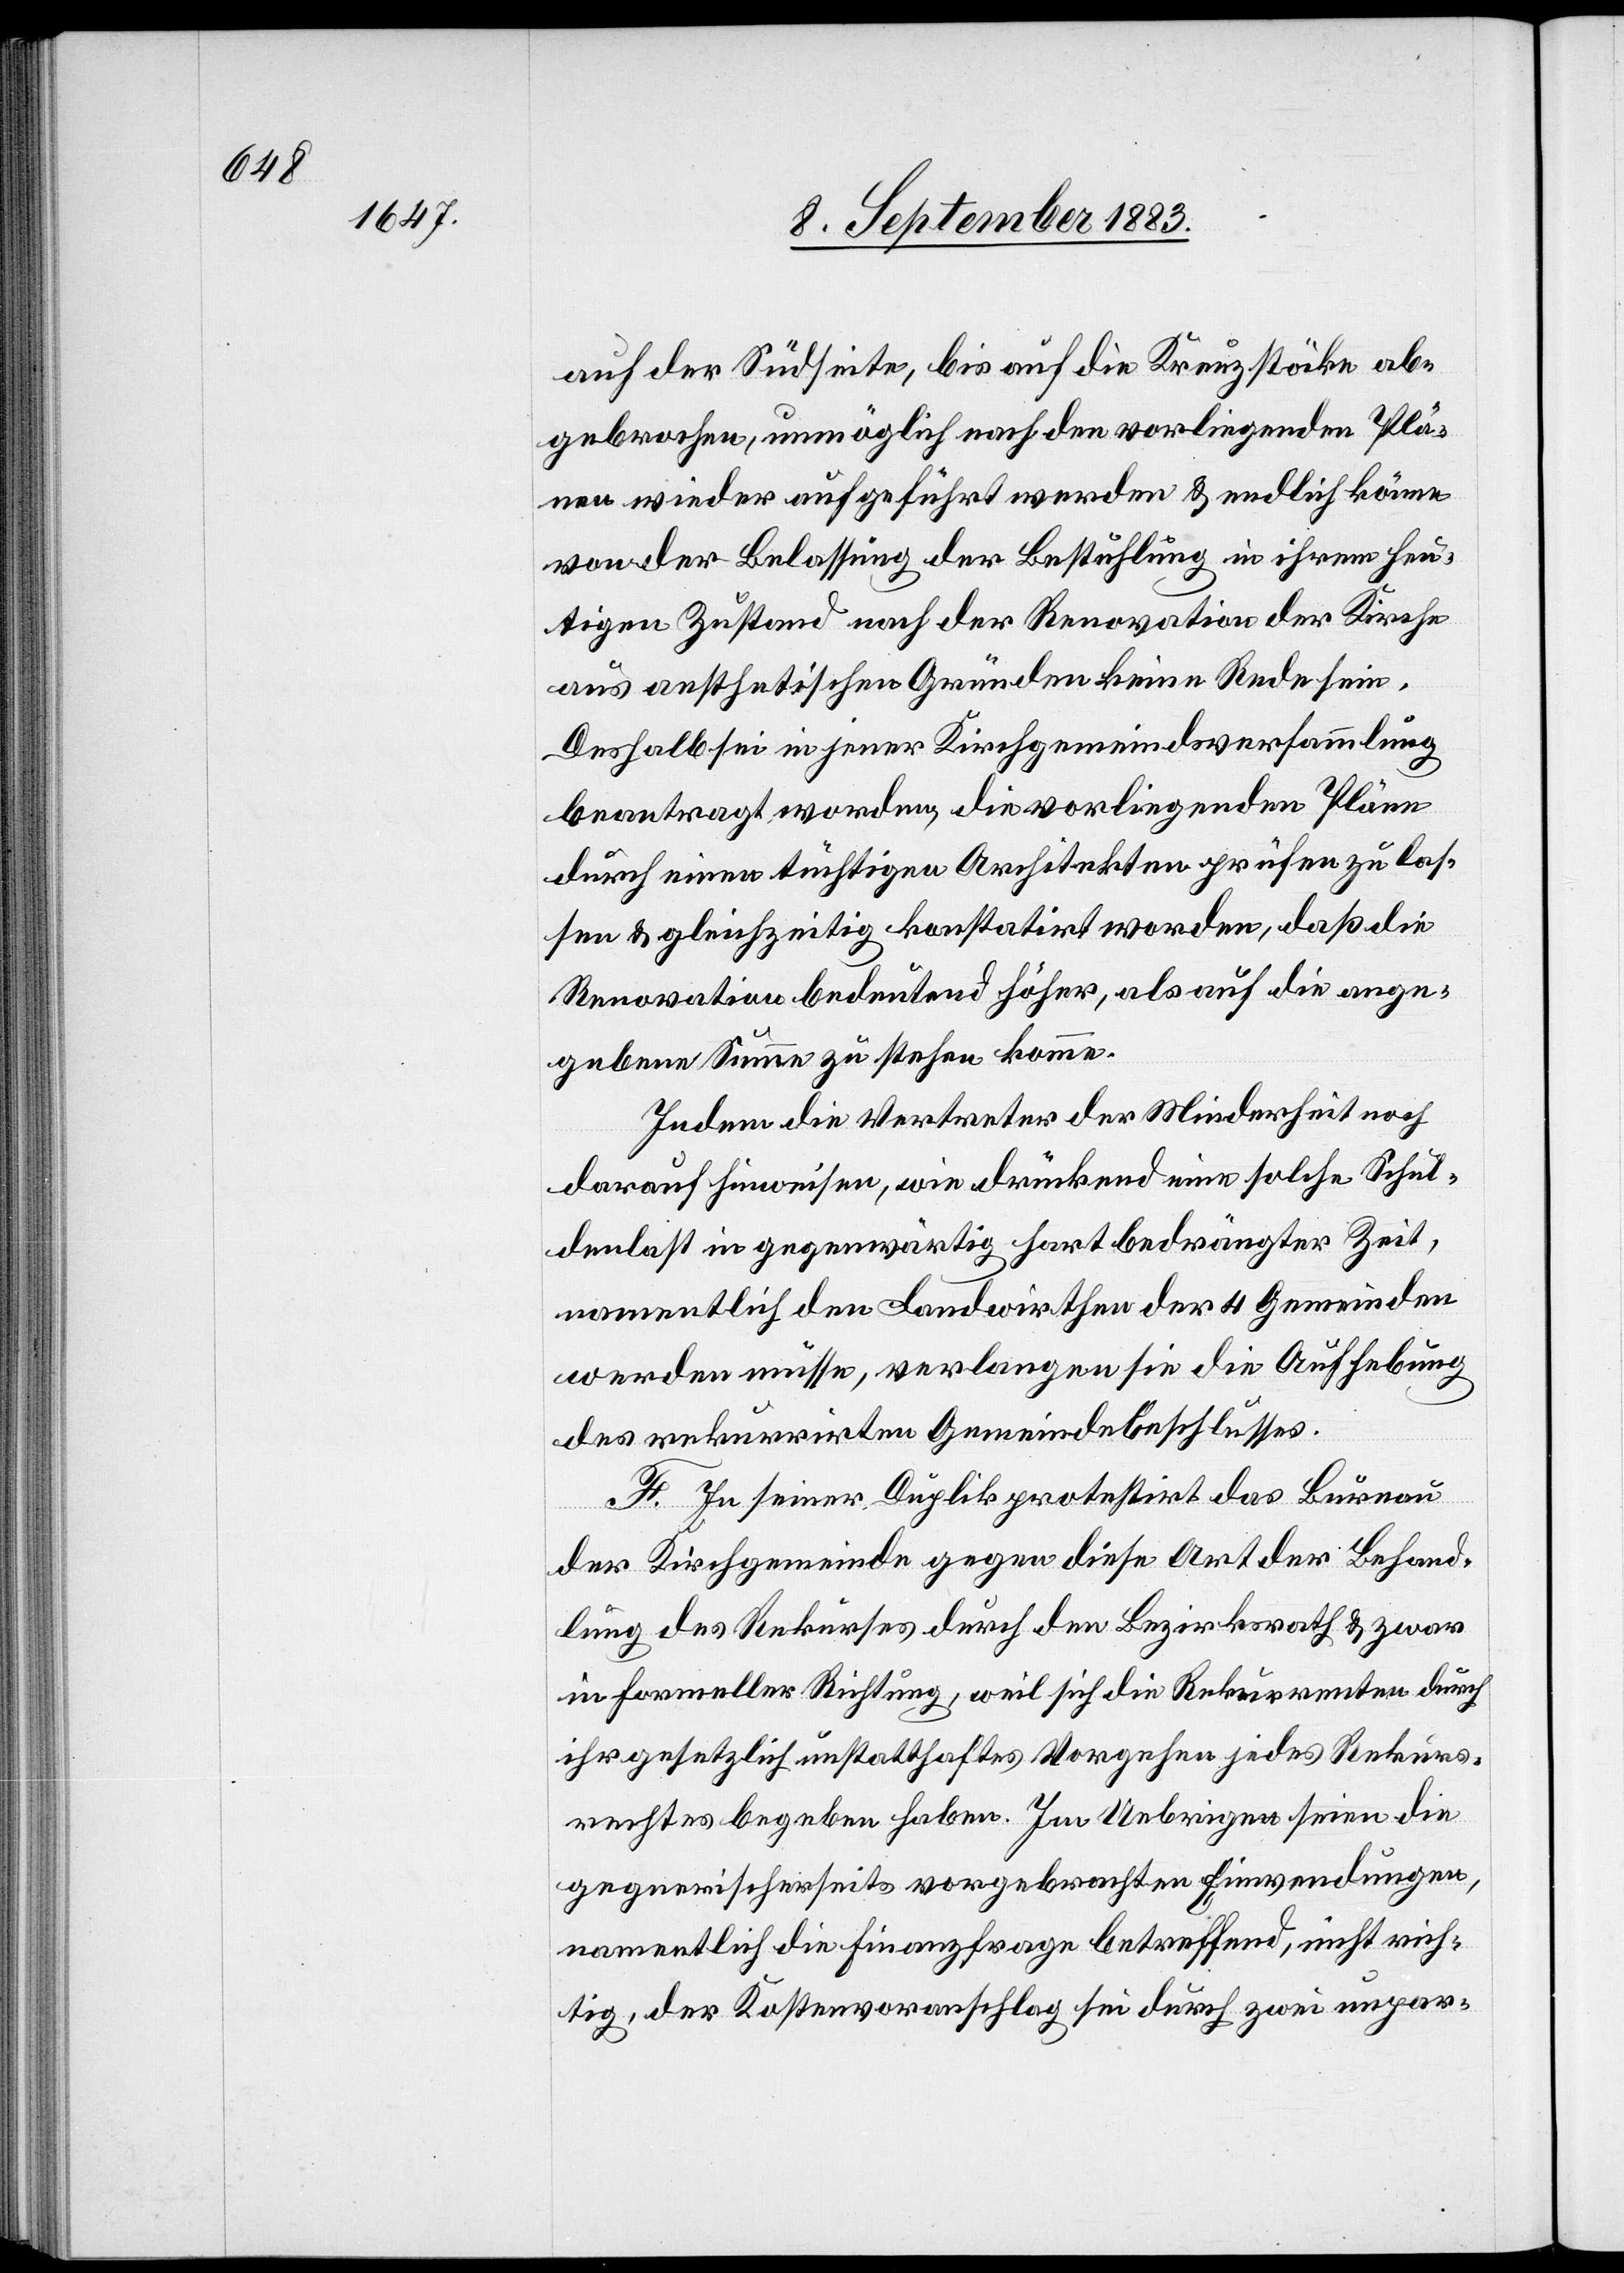
auf der Südseite, bis auf die Kreuzstöcke ab¬
gebrochen, unmöglich nach den vorliegenden Plä¬
nen wieder aufgeführt werden & endlich könne
von der Belassung der Bestuhlung in ihrem heu¬
tigen Zustande nach der Renovation der Kirche
aus aesthetischen Gründen keine Rede sein.
Deshalb sei in jener Kirchgemeindsversammlung
beantragt worden, die vorliegenden Pläne
durch einen tüchtigen Architekten prüfen zu las¬
sen & gleichzeitig konstatirt worden, daß die
Renovation bedeutend höher, als auf die ange¬
gebene Summe zu stehen komme.
Indem die Vertreter der Minderheit noch
darauf hinweisen, wie drückend eine solche Schul¬
denlast in gegenwärtig hart bedrängter Zeit,
namentlich den Landwirthen der 4 Gemeinden
werden müsse, verlangen sie die Aufhebung
des rekurrirten Gemeindebeschlusses.
F. In seiner Duplik protestirt das Bureau
der Kirchgemeinde gegen diese Art der Behand¬
lung des Rekurses durch den Bezirksrath & zwar
in formeller Richtung, weil sich die Rekurrenten durch
ihr gesetzlich unstatthaftes Vorgehen jedes Rekurs¬
rechtes begeben haben. Im Uebrigen seien die
gegnerischerseits vorgebrachten Einwendungen,
namentlich die Finanzfrage betreffend, nicht rich¬
tig, der Kostenvoranschlag sei durch zwei unpar-